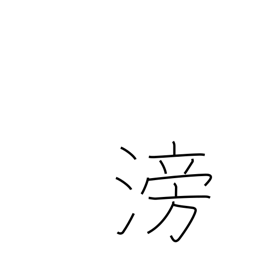
Meaning: flowing